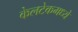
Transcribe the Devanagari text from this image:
केलटेकमध्ये